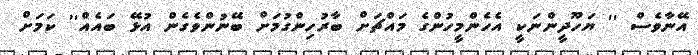
އޭނާވެސް '' ޔަހޫދީންނަކީ އެހެންމީހުންގެ މައްޗަށް ބާރުހިންގުމަށް ބޭނުންވެގެން އުޅޭ ބައެއް'' ކަމަށް